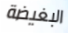
البغيضة